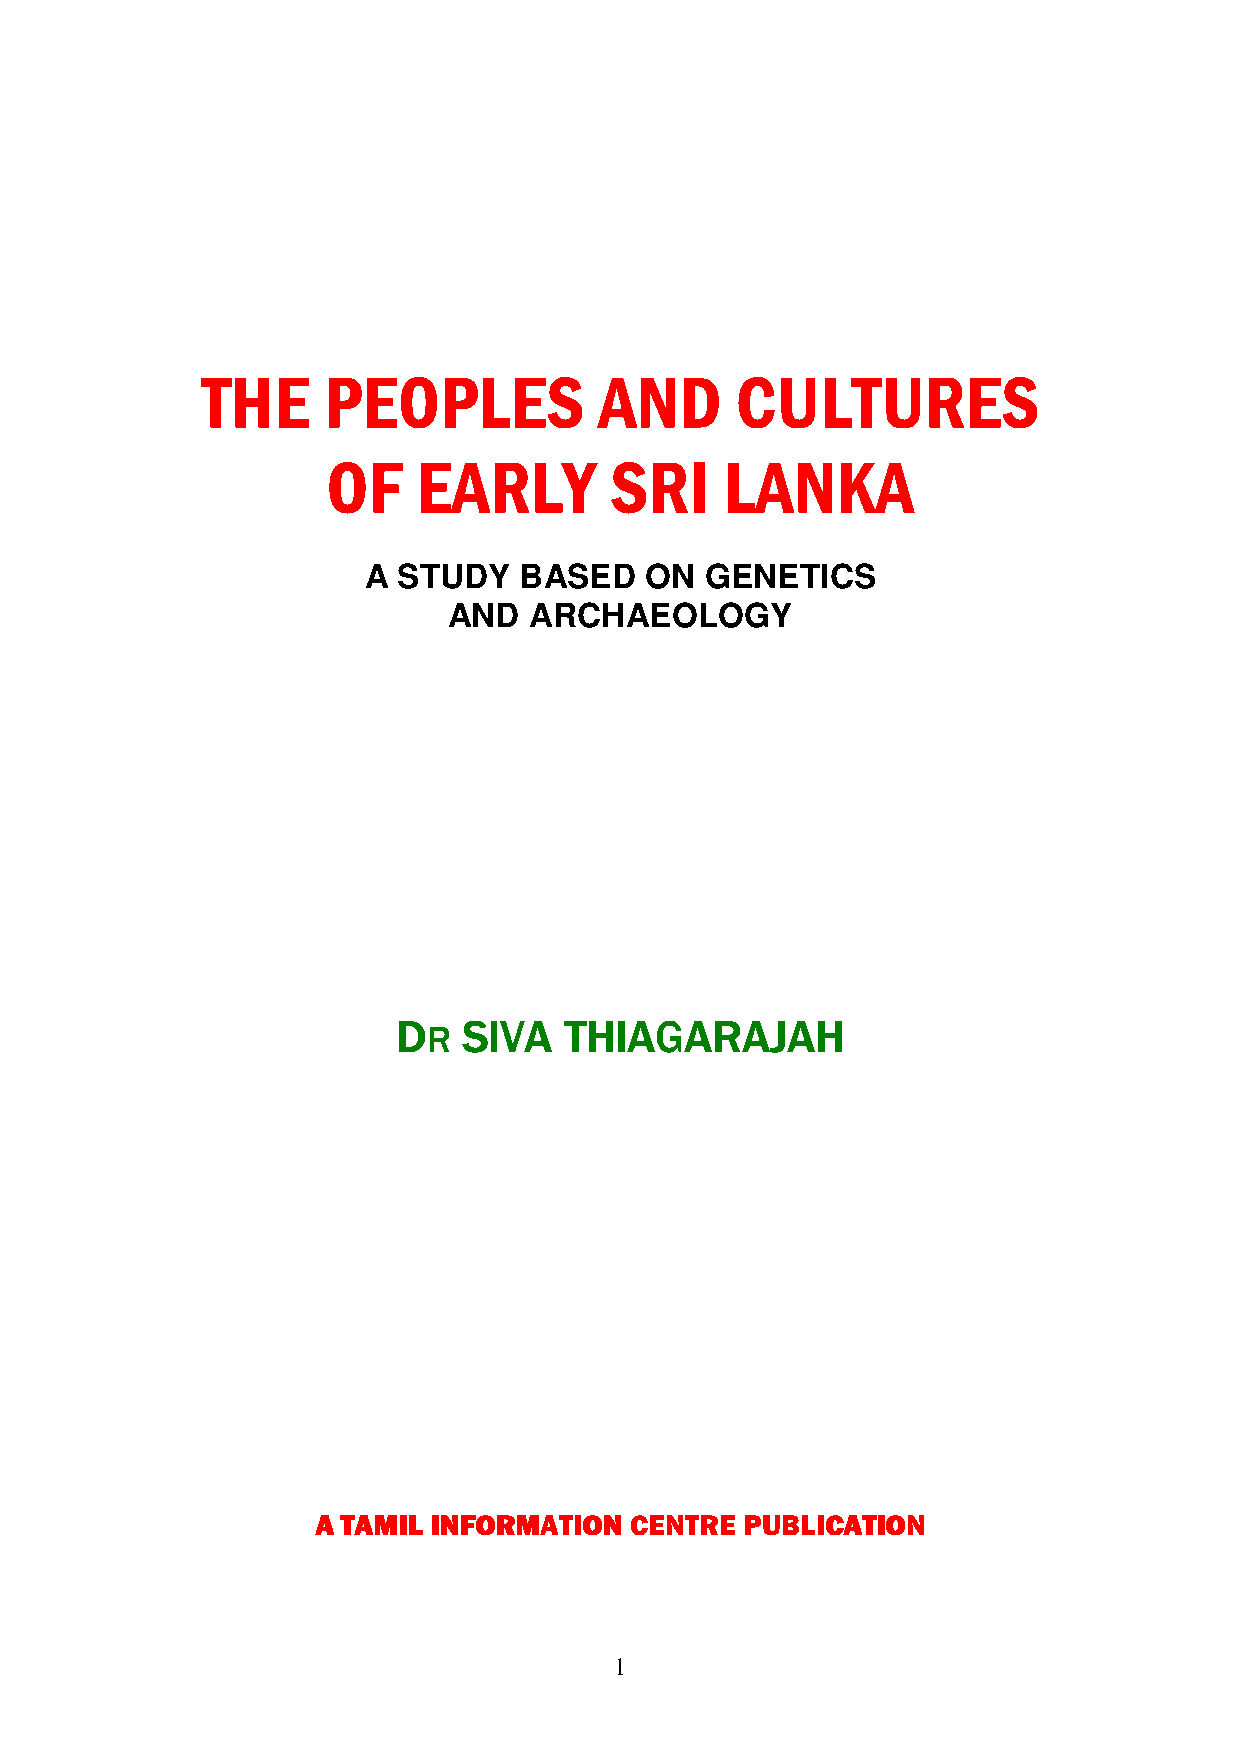
THE     PEOPLES            AND      CULTURES
 OF    EARLY       SRI     LANKA
 A STUDY   BASED    ON  GENETICS
 AND  ARCHAEOLOGY
 DDDD SSSSIIIIVVVVAAAA TTTTHHHHIIIIAAAAGGGGAAAARRRRAAAAJJJJAAAAHHHH
 RRRR
 AAAA TTTTAAAAMMMMIIIILLLL IIIINNNNFFFFOOOORRRRMMMMAAAATTTTIIIIOOOONNNN CCCCEEEENNNNTTTTRRRREEEE PPPPUUUUBBBBLLLLIIIICCCCAAAATTTTIIIIOOOONNNN
 1